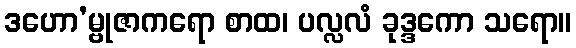
ဒဟော’မ္ဗုဇာကရော စာထ၊ ပလ္လလံ ခုဒ္ဒကော သရော။